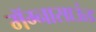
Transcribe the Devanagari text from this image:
मॅग्नासाऊंड